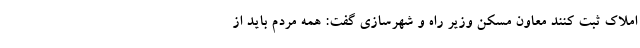
املاک ثبت کنند معاون مسکن وزیر راه و شهرسازی گفت: همه مردم باید از